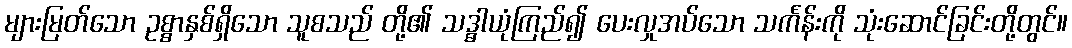
များမြတ်သော ဥစ္စာနှစ်ရှိသော သူစသည် တို့၏ သဒ္ဓါယုံကြည်၍ ပေးလှုအပ်သော သင်္ကန်းကို သုံးဆောင်ခြင်းတို့တွင်။